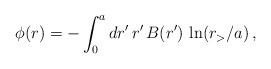
LaTeX: \begin{align*}\phi(r)=-\int_0^ad r^{\prime}\, r^{\prime}\, B(r^{\prime})\,\ln(r_>/a)\,,\end{align*}